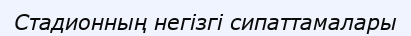
Стадионның негізгі сипаттамалары